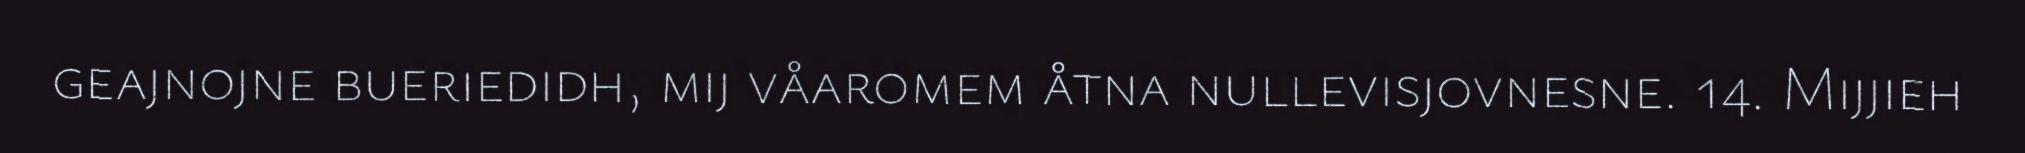
geajnojne bueriedidh, mij våaromem åtna nullevisjovnesne. 14. Mijjieh